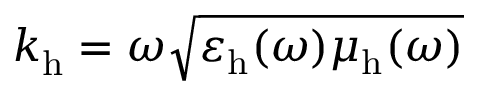
k _ { \mathrm { h } } ^ { } = \omega \sqrt { \varepsilon _ { \mathrm { h } } ( \omega ) \mu _ { \mathrm { h } } ( \omega ) }